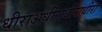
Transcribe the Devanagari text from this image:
धीराअधीराधीराधीरा